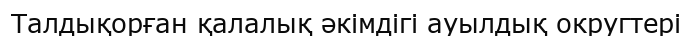
Талдықорған қалалық әкімдігі ауылдық округтері